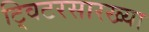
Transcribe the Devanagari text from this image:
ट्विटरसारख्या